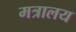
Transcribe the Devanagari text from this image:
मत्रालय